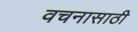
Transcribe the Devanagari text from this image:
वचनासाठी